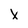
Character: X